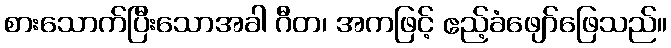
စားသောက်ပြီးသောအခါ ဂီတ၊ အကဖြင့် ဧည့်ခံဖျော်ဖြေသည်။